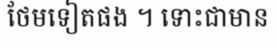
ថែមទៀតផង ។ ទោះជាមាន